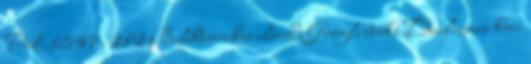
Pest, 1847, 212 p →elektronikus elérésː Google books Dualizmus-kori